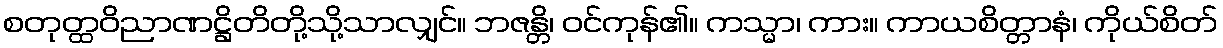
စတုတ္ထဝိညာဏဋ္ဌိတိတို့သို့သာလျှင်။ ဘဇန္တိ၊ ဝင်ကုန်၏။ ကသ္မာ၊ ကား။ ကာယစိတ္တာနံ၊ ကိုယ်စိတ်